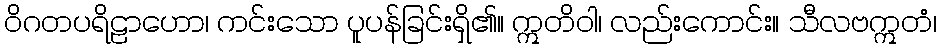
ဝိဂတပရိဠာဟော၊ ကင်းသော ပူပန်ခြင်းရှိ၏။ ဣတိဝါ၊ လည်းကောင်း။ သီလဗဣတံ၊